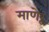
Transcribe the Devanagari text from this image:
माणेरू